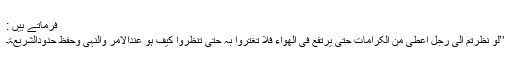
فرماتے ہیں :
’’لو نظرتم الی رجل اعطی من الکرامات حتی یرتفع فی الھواء فلا تغتروا بہ حتی تنظروا کیف ہو عندالامر والنہی وحفظ حدودالشریعۃ۔